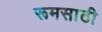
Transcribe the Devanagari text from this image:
रूमसाठी